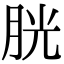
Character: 胱